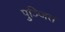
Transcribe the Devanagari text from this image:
पुञ्जित